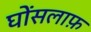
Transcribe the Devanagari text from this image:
घोंसलाफ़